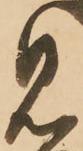
見